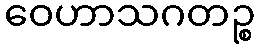
ဝေဟာသဂတဉ္စ